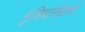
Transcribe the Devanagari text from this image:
मुडियांसेलगे